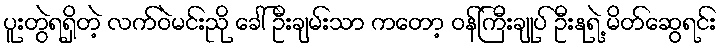
ပူးတွဲရရှိတဲ့ လက်ဝဲမင်းညို ခေါ် ဦးချမ်းသာ ကတော့ ဝန်ကြီးချုပ် ဦးနုရဲ့ မိတ်ဆွေရင်း